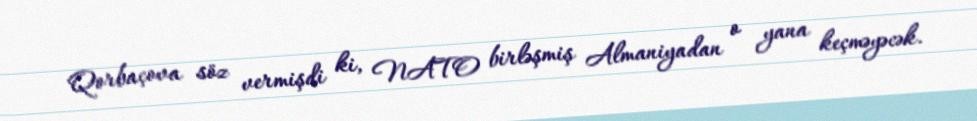
Qorbaçova söz vermişdi ki, NATO birləşmiş Almaniyadan o yana keçməyəcək.